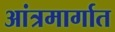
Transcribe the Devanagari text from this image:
आंत्रमार्गात